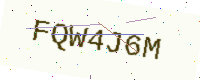
Text: FQW4J6M